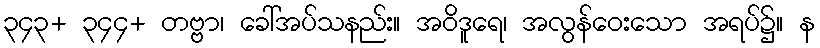
၃၄၃+ ၃၄၄+ တဗ္ဗာ၊ ခေါ်အပ်သနည်း။ အဝိဒူရေ၊ အလွန်ဝေးသော အရပ်၌။ န